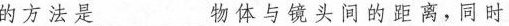
的方法是___物体与镜头间的距离，同时